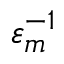
\varepsilon _ { m } ^ { - 1 }